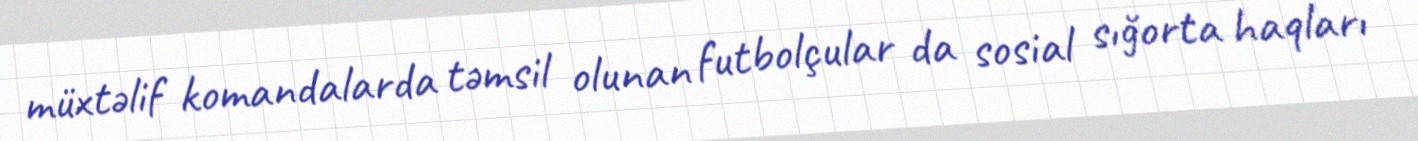
müxtəlif komandalarda təmsil olunan futbolçular da sosial sığorta haqları